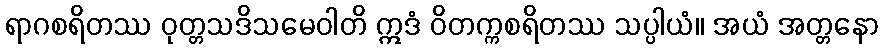
ရာဂစရိတဿ ဝုတ္တသဒိသမေဝါတိ ဣဒံ ဝိတက္ကစရိတဿ သပ္ပါယံ။ အယံ အတ္တနော